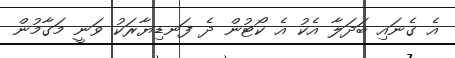
އެ ގެނައި ބަދަލާ އެކު އެ ކޯޓުން ދެ ފަނޑިޔާރަކު ވަނީ މަގާމުން